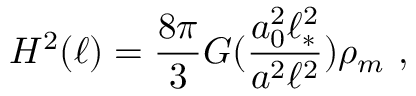
H ^ { 2 } ( \ell ) = { \frac { 8 \pi } { 3 } } G ( \frac { a _ { 0 } ^ { 2 } \ell _ { * } ^ { 2 } } { a ^ { 2 } \ell ^ { 2 } } ) \rho _ { m } \ ,